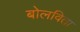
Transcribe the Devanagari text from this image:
बोलविता